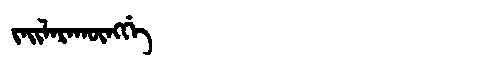
Manchu: ᠵᠠᡳᠯᠠᡵᠠᡴᡡᠩᡤᡝ
Romanization: JAILARAKŪNGGE